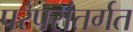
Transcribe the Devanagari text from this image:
परंपरांतर्गत